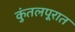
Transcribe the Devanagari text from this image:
कुंतलपूरात